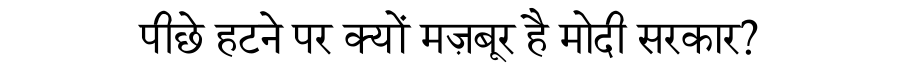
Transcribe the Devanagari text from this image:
पीछे हटने पर क्यों मज़बूर है मोदी सरकार?